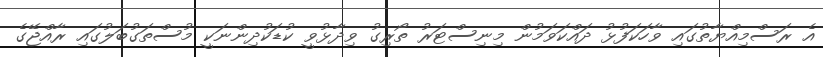
އެ ރަސްމިއްޔާތުގައި ވާހަކަފުޅު ދައްކަވަމުން މިނިސްޓަރު ތޯރިގު ވިދާޅުވީ ކުޑަކުދިންނަކީ މުސްތަގުބަލުގައި ރާއްޖޭގެ